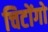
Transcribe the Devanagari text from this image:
चिटोंगो